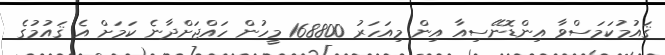
ޤައުމުކަމަސްވާ އިންޑޮނޭސިއާ އިން މިއަހަރު 168800 މީހުން ހައްޖަށްދާނެ ކަމަށް އެ ޤައުމުގެ